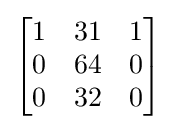
{\begin{bmatrix}1&31&1\\0&64&0\\0&32&0\end{bmatrix}}